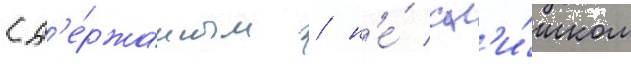
сд'е́ржанным / н'е́ сл'и́шком